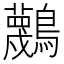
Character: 𪇴